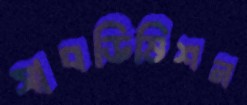
সাবডিভিশন